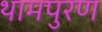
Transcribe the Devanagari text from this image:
थामपुरण